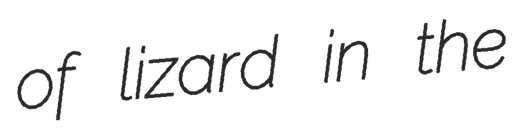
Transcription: of lizard in the